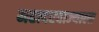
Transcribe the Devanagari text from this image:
महादरवाज्याला